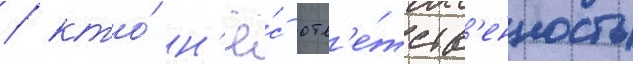
/ кто́ н'ё́с отв'е́тств'енность